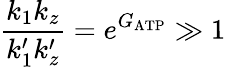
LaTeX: \frac{k_{1}k_{z}}{k_{1}^{\prime}k_{z}^{\prime}}=e^{G_{\mathrm{ATP}}}\gg 1